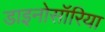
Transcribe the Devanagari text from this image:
डाइनोसॉरिया